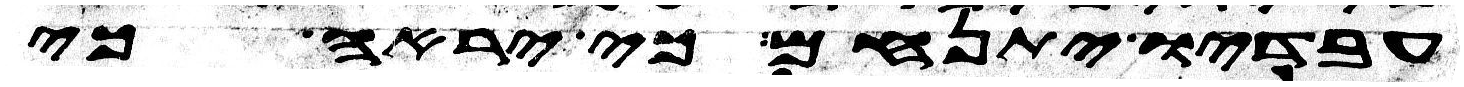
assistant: עבדיו יתנחם כי יראה כי